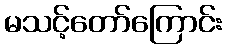
မသင့်တော်ကြောင်း